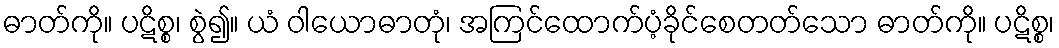
ဓာတ်ကို။ ပဋိစ္စ၊ စွဲ၍။ ယံ ဝါယောဓာတုံ၊ အကြင်ထောက်ပံ့ခိုင်စေတတ်သော ဓာတ်ကို။ ပဋိစ္စ၊